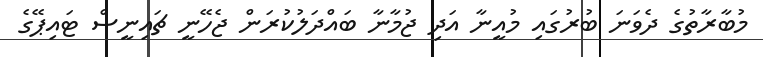
މުބާރާތުގެ ދެވަނަ ބުރުގައި މުއީނާ އަދި ޖުމާނާ ބައްދަލުކުރަން ޖެހޭނީ ޗައިނީސް ޓައިޕޭގެ